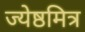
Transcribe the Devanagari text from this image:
ज्येष्ठमित्र